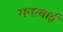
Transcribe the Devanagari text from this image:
मनाबाई